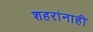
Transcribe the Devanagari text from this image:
शहरांनाही